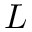
L